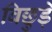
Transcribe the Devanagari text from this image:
बिछुड़े